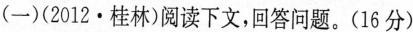
(一)(2012·桂林)阅读下文，回答问题。(16分)